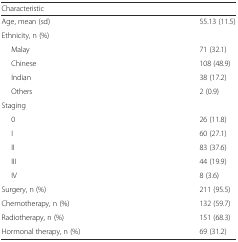
<table><thead><tr><td><b>Characteristic</b></td><td></td></tr></thead><tbody><tr><td>Age, mean (sd)</td><td>55.13 (11.5)</td></tr><tr><td colspan="2">Ethnicity, n (%)</td></tr><tr><td>Malay</td><td>71 (32.1)</td></tr><tr><td>Chinese</td><td>108 (48.9)</td></tr><tr><td>Indian</td><td>38 (17.2)</td></tr><tr><td>Others</td><td>2 (0.9)</td></tr><tr><td colspan="2">Staging</td></tr><tr><td>0</td><td>26 (11.8)</td></tr><tr><td>I</td><td>60 (27.1)</td></tr><tr><td>II</td><td>83 (37.6)</td></tr><tr><td>III</td><td>44 (19.9)</td></tr><tr><td>IV</td><td>8 (3.6)</td></tr><tr><td>Surgery, n (%)</td><td>211 (95.5)</td></tr><tr><td>Chemotherapy, n (%)</td><td>132 (59.7)</td></tr><tr><td>Radiotherapy, n (%)</td><td>151 (68.3)</td></tr><tr><td>Hormonal therapy, n (%)</td><td>69 (31.2)</td></tr></tbody></table>